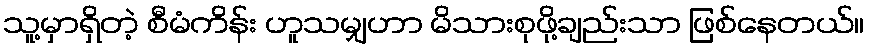
သူ့မှာရှိတဲ့ စီမံကိန်း ဟူသမျှဟာ မိသားစုဖို့ချည်းသာ ဖြစ်နေတယ်။